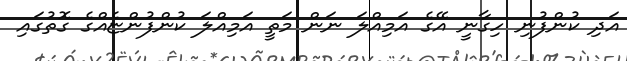
އަދި ކުންފުނި ހިގާނީ އޭގެ އަމިއްލަ ނަން މަތީ އަމިއްލަ ކުންފުންޏެއްގެ ގޮތުގައި